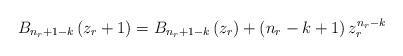
LaTeX: \begin{align*}B_{n_{r}+1-k}\left(z_{r}+1\right)=B_{n_{r}+1-k}\left(z_{r}\right)+ \left(n_{r}-k+1\right)z_{r}^{n_{r}-k}\end{align*}